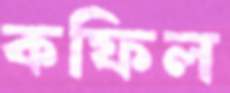
কফিল